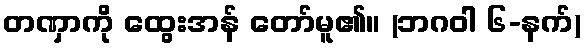
တဏှာကို ထွေးအန် တော်မူ၏။ (ဘဂဝါ ၆-နက်)